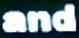
and